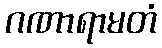
ဂဏာရာမတံ